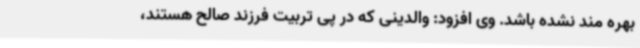
بهره مند نشده باشد. وی افزود: والدینی که در پی تربیت فرزند صالح هستند،